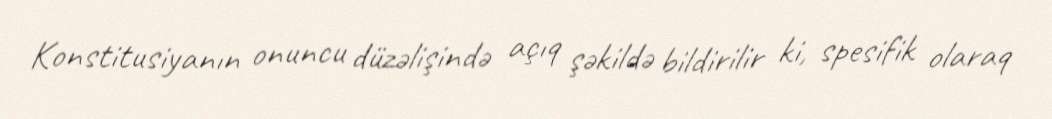
Konstitusiyanın onuncu düzəlişində açıq şəkildə bildirilir ki, spesifik olaraq